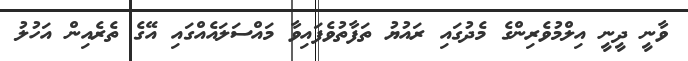
ވާނީ ދީނީ އިލްމުވެރިންގެ މެދުގައި ރައުޔު ތަފާތުވެފައިވާ މައްސަލައެއްގައި އޭގެ ތެރެއިން އަހުލު